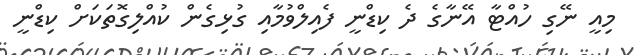
މިއީ ނޭގި ހުއްޓާ އޭނާގެ ދެ ކިޑްނީ ފެއިލްވުމާއި ގުޅިގެން ކުއްލިގޮތަކަށް ކިޑްނީ